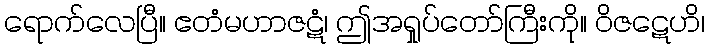
ရောက်လေပြီ။ ဧတံမဟာဇဋံ၊ ဤအရှုပ်တော်ကြီးကို။ ဝိဇဋေဟိ၊